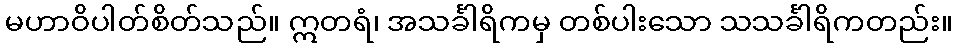
မဟာဝိပါတ်စိတ်သည်။ ဣတရံ၊ အသင်္ခါရိကမှ တစ်ပါးသော သသင်္ခါရိကတည်း။